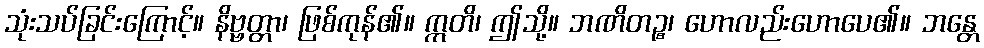
သုံးသပ်ခြင်းကြောင့်။ နိဗ္ဗတ္တာ၊ ဖြစ်ကုန်၏။ ဣတိ၊ ဤသို့။ ဘဏိတဉ္စ၊ ဟောလည်းဟောပေ၏။ ဘန္တေ